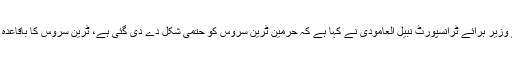
عرب میڈیا کے مطابق سعودی عرب کے وزیر برائے ٹرانسپورٹ نبیل العامودی نے کہا ہے کہ حرمین ٹرین سروس کو حتمی شکل دے دی گئی ہے، ٹرین سروس کا باقاعدہ آغاز یکم اکتوبر 2018 کو کیا جارہا ہے۔